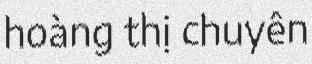
hoàng thị chuyên